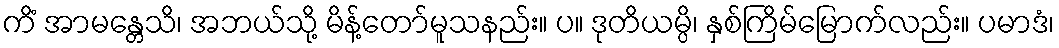
ကိံ အာမန္တေသိ၊ အဘယ်သို့ မိန့်တော်မူသနည်း။ ပ။ ဒုတိယမ္ပိ၊ နှစ်ကြိမ်မြောက်လည်း။ ပမာဒံ၊